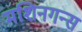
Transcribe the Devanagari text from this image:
मशिनगन्स